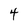
Character: 4